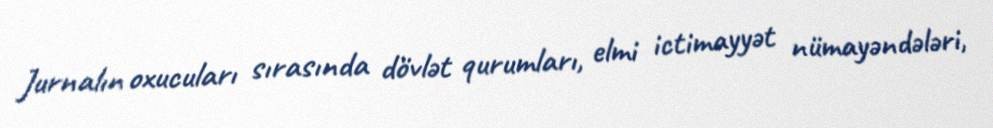
Jurnalın oxucuları sırasında dövlət qurumları, elmi ictimayyət nümayəndələri,